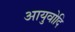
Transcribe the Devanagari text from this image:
आयुवोदि